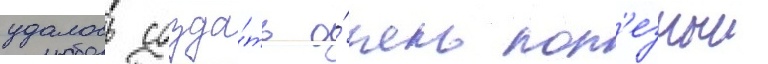
удалось созда́ть о́чень пол'езныи